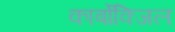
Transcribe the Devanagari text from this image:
कार्बोक्जिल